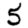
Digit: 5